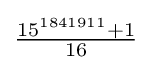
{\tfrac {15^{1841911}+1}{16}}